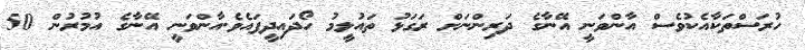
ހުރަސްތަކާއެކުވެސް އާންވަނީ އޭނާގެ ދަރިންނަށް ރަގަޅު ތައުލީމު ހޯދައިދީފައެވެ.އާންވަނީ އޭނާގެ އުމުރުން 50